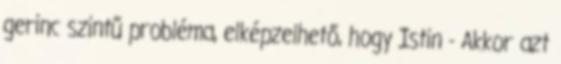
gerinc szintű probléma, elképzelhető, hogy Istin - Akkor azt